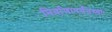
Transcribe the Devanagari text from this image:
निर्वाणापर्यंतच्या